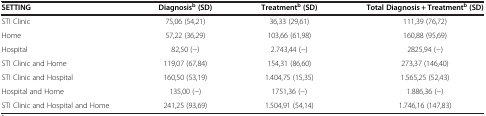
<table><thead><tr><td><b>SETTING</b></td><td><b>Diagnosis<sup>b </sup>(SD)</b></td><td><b>Treatment<sup>b </sup>(SD)</b></td><td><b>Total Diagnosis + Treatment<sup>b </sup>(SD)</b></td></tr></thead><tbody><tr><td>STI Clinic</td><td>75,06 (54,21)</td><td>36,33 (29,61)</td><td>111,39 (76,72)</td></tr><tr><td>Home</td><td>57,22 (36,29)</td><td>103,66 (61,98)</td><td>160,88 (95,69)</td></tr><tr><td>Hospital</td><td>82,50 (−)</td><td>2.743,44 (−)</td><td>2825,94 (−)</td></tr><tr><td>STI Clinic and Home</td><td>119,07 (67,84)</td><td>154,31 (86,60)</td><td>273,37 (146,40)</td></tr><tr><td>STI Clinic and Hospital</td><td>160,50 (53,19)</td><td>1.404,75 (15,35)</td><td>1.565,25 (52,43)</td></tr><tr><td>Hospital and Home</td><td>135,00 (−)</td><td>1751,36 (−)</td><td>1.886,36 (−)</td></tr><tr><td>STI Clinic and Hospital and Home</td><td>241,25 (93,69)</td><td>1.504,91 (54,14)</td><td>1.746,16 (147,83)</td></tr></tbody></table>